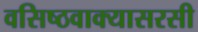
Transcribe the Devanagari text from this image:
वसिष्ठवाक्यासरसी